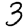
Digit: 3